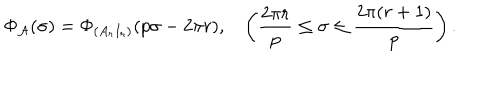
\Phi _ { { \cal A } } ( \sigma ) = \Phi _ { ( A _ { r } I _ { r } ) } ( p \sigma - 2 \pi r ) , \left( \frac { 2 \pi r } { p } \leq \sigma \leq \frac { 2 \pi ( r + 1 ) } { p } \right) .